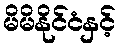
မိမိနိုင်ငံနှင့်